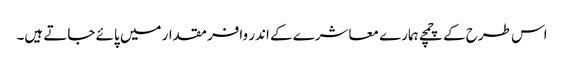
اس طرح کے چمچے ہمارے معاشرے کے اندر وافر مقدار میں پائے جاتے ہیں۔